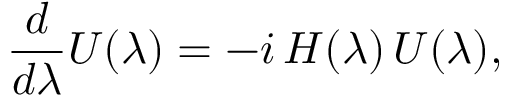
{ \frac { d } { d \lambda } } U ( \lambda ) = - i \, H ( \lambda ) \, U ( \lambda ) ,